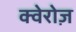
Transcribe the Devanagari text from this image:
क्वेरोज़